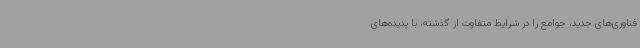
فناوری‌های جدید، جوامع را در شرایط متفاوت از گذشته، با پدیده‌های